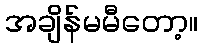
အချိန်မမီတော့။